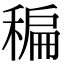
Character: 稨